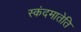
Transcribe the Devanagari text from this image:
स्कंदमातेति